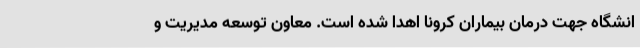
انشگاه جهت درمان بیماران کرونا اهدا شده است. معاون توسعه مدیریت و